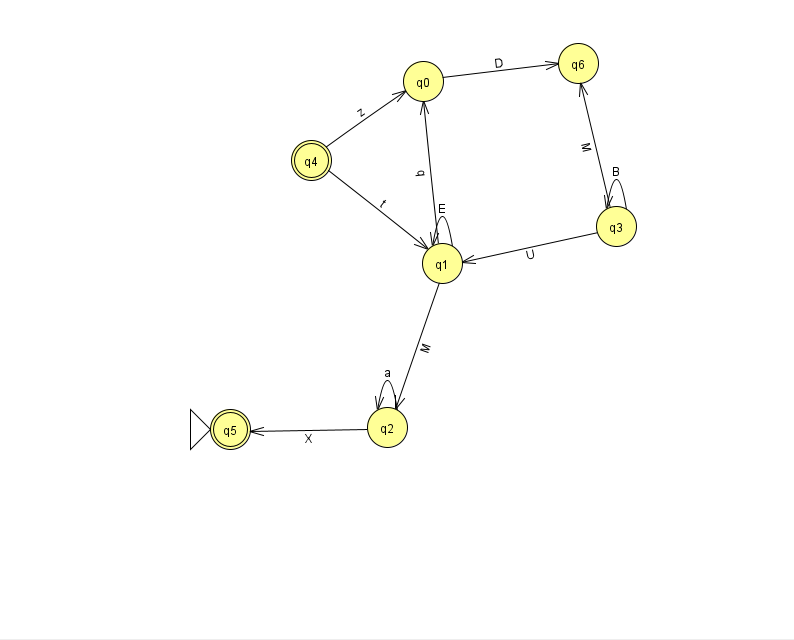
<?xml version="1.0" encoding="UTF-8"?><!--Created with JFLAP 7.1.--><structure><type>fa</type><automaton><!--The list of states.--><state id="0" name="q0"><x>423.0</x><y>68.0</y></state><state id="1" name="q1"><x>442.0</x><y>250.0</y></state><state id="2" name="q2"><x>387.0</x><y>414.0</y></state><state id="3" name="q3"><x>616.0</x><y>213.0</y></state><state id="4" name="q4"><x>311.0</x><y>147.0</y><final/></state><state id="5" name="q5"><x>230.0</x><y>416.0</y><initial/><final/></state><state id="6" name="q6"><x>578.0</x><y>50.0</y></state><!--The list of transitions.--><transition><from>2</from><to>2</to><read>a</read></transition><transition><from>1</from><to>2</to><read>M</read></transition><transition><from>3</from><to>3</to><read>B</read></transition><transition><from>0</from><to>6</to><read>D</read></transition><transition><from>1</from><to>1</to><read>E</read></transition><transition><from>1</from><to>0</to><read>q</read></transition><transition><from>3</from><to>1</to><read>U</read></transition><transition><from>2</from><to>5</to><read>X</read></transition><transition><from>3</from><to>6</to><read>M</read></transition><transition><from>4</from><to>1</to><read>t</read></transition><transition><from>4</from><to>0</to><read>z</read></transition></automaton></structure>